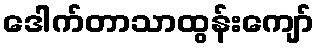
ဒေါက်တာသာထွန်းကျော်